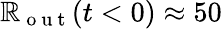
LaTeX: \mathbb{R}_{\mathrm{{~o~u~t~}}}(t<0)\approx50